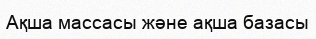
Ақша массасы және ақша базасы